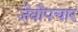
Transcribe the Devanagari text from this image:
जैवौपचार